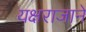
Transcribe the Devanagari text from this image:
यक्षराजाने